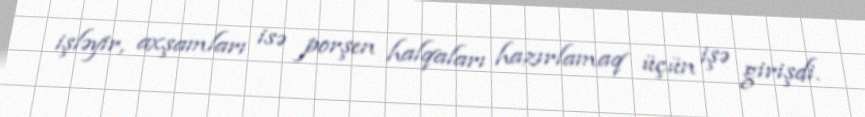
işləyir, axşamları isə porşen halqaları hazırlamaq üçün işə girişdi.